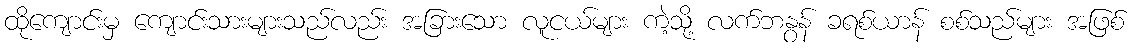
ထိုကျောင်းမှ ကျောင်းသားများသည်လည်း အခြားသော လူငယ်များ ကဲ့သို့ လက်ဘနွန် ခရစ်ယာန် စစ်သည်များ အဖြစ်